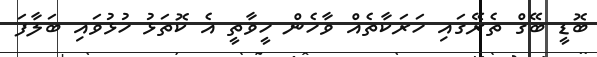
ބޮޑީ ބޭގް ތެރޭގައި ހަރަކާތެއް ވާހެން ހީވާތީ އެ ކޮތަޅު ހުޅުވައި ބަލާފަ